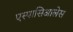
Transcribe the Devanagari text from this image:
एस्पासिआलेस